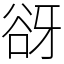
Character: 谺